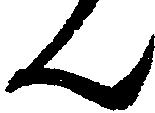
ん